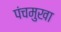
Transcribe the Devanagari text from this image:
पंचमुखा